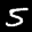
Label: 5